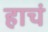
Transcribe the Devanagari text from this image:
हाचं